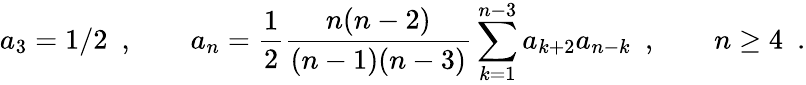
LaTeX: a_{3}=1/2\ \ ,\qquad a_{n}={\frac{1}{2}}{\frac{n(n-2)}{(n-1)(n-3)}}\sum_{k=1}^{n-3}a_{k+2}a_{n-k}\ \ ,\qquad n\ge 4\ \ .